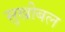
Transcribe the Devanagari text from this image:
सुखीबल